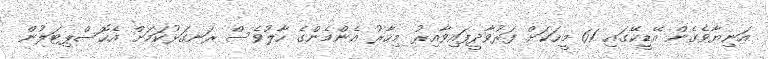
އަނިޔާވެގެން އޭޑީކޭގައި 61 މީހަކަަށް ފަރުވާދީފައިވާއިރު މިހާރު އެންމެންގެ ހާލުވެސް ރަނގަޅުކަަމަށް އެހޮސްޕިޓަލުން